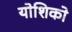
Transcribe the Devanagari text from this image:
योशिको